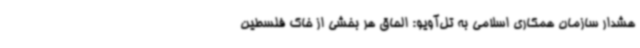
هشدار سازمان همکاری اسلامی به تل‌آویو: الحاق هر بخشی از خاک فلسطین